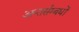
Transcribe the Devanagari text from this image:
अन्तर्सम्बधों